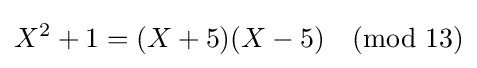
X^{2}+1=(X+5)(X-5){\pmod {13}}